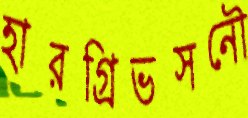
হারগ্রিভসনৌ